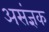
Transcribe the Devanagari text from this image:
असंज्ञक